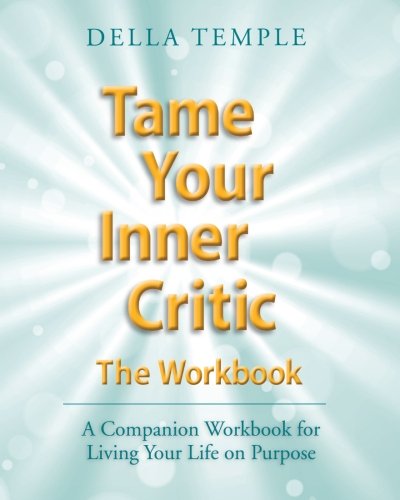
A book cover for Tame Your Inner Critic: The Workbook: A Companion Workbook for Living Your Life on Purpose; Della Temple; Self-Help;